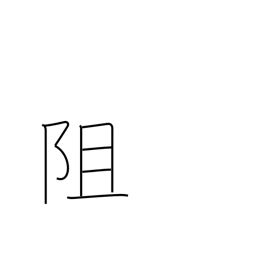
Meaning: separate from